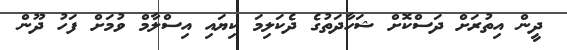
ދީން އިތުރަށް ދަސްކޮށް ޝަހާދަތުގެ ދެކަލިމަ ކިޔައި އިސްލާމް ވުމަށް ފަހު ދޫން